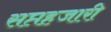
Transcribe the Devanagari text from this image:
सप्तहजारी